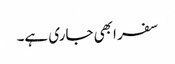
سفر ابھی جاری ہے۔